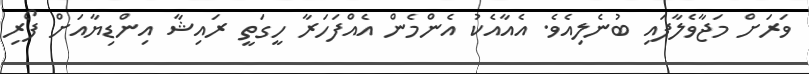
ވަރަށް މަޖާވެލާފައި ބުނެލިއެވެ. އެއާއެކު އެންމެން އެއްފަހަރާ ހީގަތީ ރައިޝާ އިންޑިޔާއަށް ފޯރި